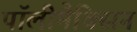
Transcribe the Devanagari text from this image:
पॉलीमैक्सिन